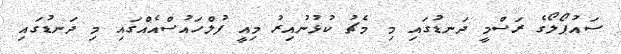
ސައުޕޯލޯގެ ރަސްމީ ދަނޑުގައި މި މެޗު ކުޅުނުއިރު މިއީ ފުލްހައުސްއެއްގައި މި ދަނޑުގައި